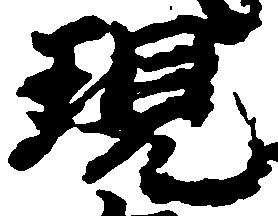
現